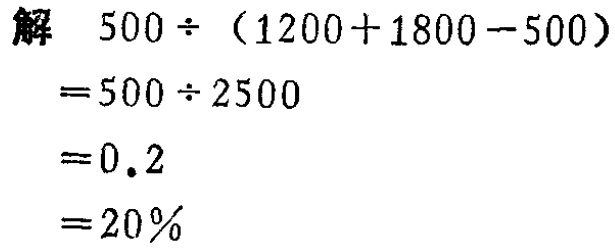
\[

\begin{align*}

&解\quad500\div(1200 + 1800 - 500)\\

=&500\div2500\\

=&0.2\\

=&20\%

\end{align*}

\]